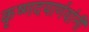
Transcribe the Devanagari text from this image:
कृष्णदयार्णवांनी